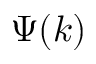
\Psi ( k )